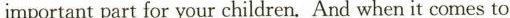
important part for your children.And when it comes to